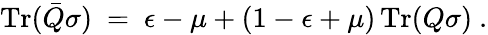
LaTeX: \operatorname{Tr}({\bar{Q}}\sigma)~=~\epsilon-\mu+(1-\epsilon+\mu)\operatorname{Tr}(Q\sigma)~.